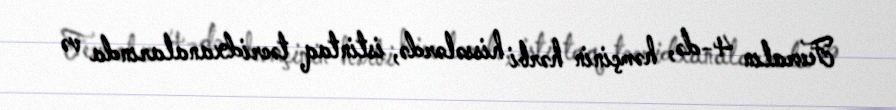
Fevralın 4-də, həmçinin hərbi hissələrdə, istintaq təcridxanalarında və